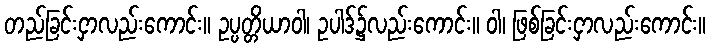
တည်ခြင်းငှာလည်းကောင်း။ ဥပ္ပတ္တိယာဝါ၊ ဥပါဒ်၌လည်းကောင်း။ ဝါ၊ ဖြစ်ခြင်းငှာလည်းကောင်း။